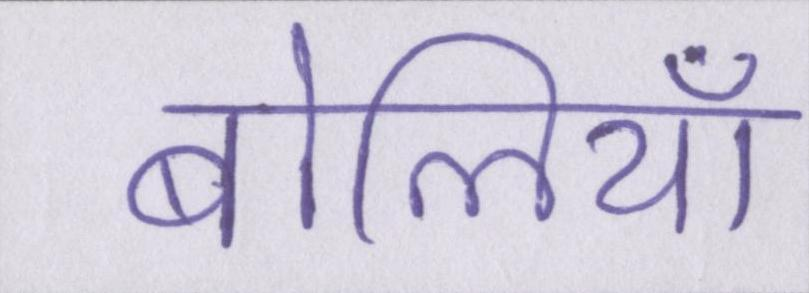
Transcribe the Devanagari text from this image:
बोलियां